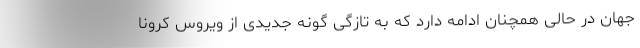
جهان در حالی همچنان ادامه دارد که به تازگی گونه جدیدی از ویروس کرونا